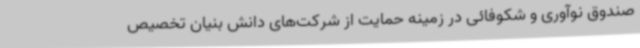
صندوق نوآوری و شکوفائی در زمینه حمایت از شرکت‌های دانش بنیان تخصیص